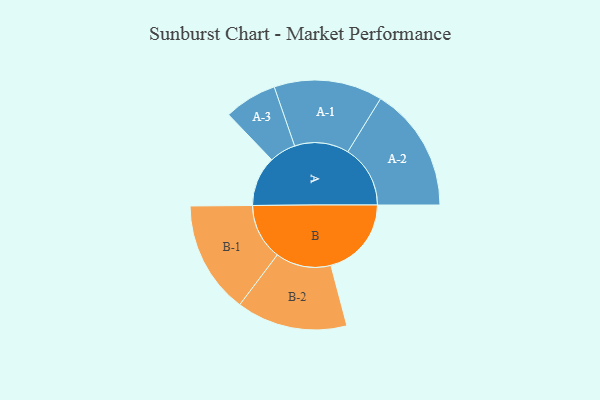
{"axis": {"x": "Segment", "y": "Value"}, "legend": ["", "A", "B"], "data": [{"x": "A", "y": 208, "type": ""}, {"x": "B", "y": 335, "type": ""}, {"x": "A-1", "y": 226, "type": "A"}, {"x": "A-2", "y": 260, "type": "A"}, {"x": "A-3", "y": 110, "type": "A"}, {"x": "B-1", "y": 234, "type": "B"}, {"x": "B-2", "y": 231, "type": "B"}]}